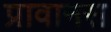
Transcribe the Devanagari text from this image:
प्रावानस